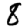
Digit: 8